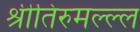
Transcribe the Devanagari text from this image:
श्रीतिरुमल्ल्ल